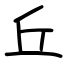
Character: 丘